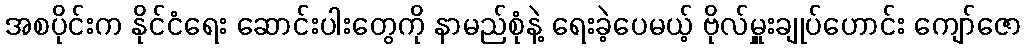
အစပိုင်းက နိုင်ငံရေး ဆောင်းပါးတွေကို နာမည်စုံနဲ့ ရေးခဲ့ပေမယ့် ဗိုလ်မှူးချုပ်ဟောင်း ကျော်ဇော